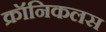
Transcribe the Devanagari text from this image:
क्रॉनिकलस